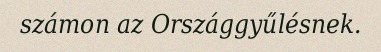
számon az Országgyűlésnek.